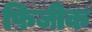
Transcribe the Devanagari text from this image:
फ़िजीक